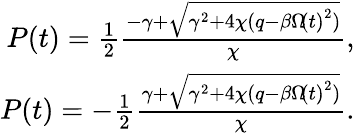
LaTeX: \begin{array}{r}{P\! \left(t\right)=\frac{1}{2}\frac{-\gamma+\sqrt{\gamma^{2}+4\chi(q-\beta\Omega\! \left(t\right)^{2})}}{\chi},}\\ {P\! \left(t\right)=-\frac{1}{2}\frac{\gamma+\sqrt{\gamma^{2}+4\chi(q-\beta\Omega\! \left(t\right)^{2})}}{\chi}.}\end{array}